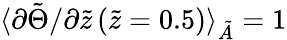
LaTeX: \langle\partial\tilde{\Theta}/\partial\tilde{z}\left(\tilde{z}=0.5\right)\rangle_{\tilde{A}}=1